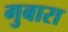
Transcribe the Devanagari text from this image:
गुबारा